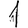
Digit: 1